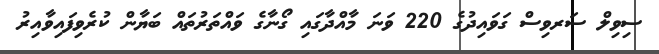
ސިވިލް ސަރވިސް ގަވައިދުގެ 220 ވަނަ މާއްދާގައި ގޯނާގެ ވައްތަރުތައް ބަޔާން ކުރެވިފައިވާއިރު